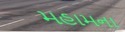
મહામના